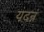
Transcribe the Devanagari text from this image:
यदन्नं